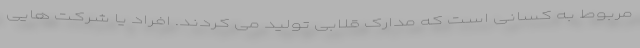
مربوط به کسانی است که مدارک قلابی تولید می کردند. افراد یا شرکت هایی